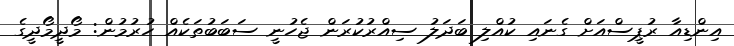
އިންޑިއާ ރުޕީސްއަށް ގެނައި ކުއްލި ބަދަލު ސިއްރުކުރަން ޖެހުނީ ސަބަބުތަކެއް ހުރުމުން: މޯދީމޯދީގެ